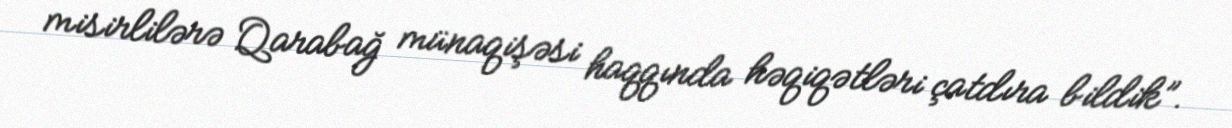
misirlilərə Qarabağ münaqişəsi haqqında həqiqətləri çatdıra bildik”.